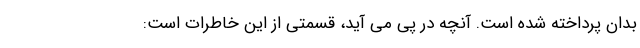
بدان پرداخته شده است. آنچه در پی می آید، قسمتی از این خاطرات است: